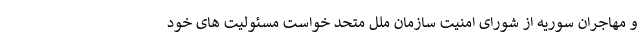
و مهاجران سوریه از شورای امنیت سازمان ملل متحد خواست مسئولیت های خود